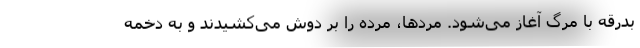
بدرقه با مرگ آغاز می‌شود. مَردها، مُرده را بر دوش می‌کشیدند و به دخمه‌